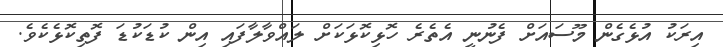
އިރަކު އުޅެގެން މޫސައަށް ފެނުނީ އެތެރެ ހޮޅިކޮޅަކަށް ލައްވާލާފައި އިން ކުޑަކުޑަ ފޮތިކޮޅެކެވެ.